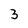
Character: 3